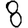
Digit: 8